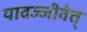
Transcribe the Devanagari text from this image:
यावज्जीवेत्‌